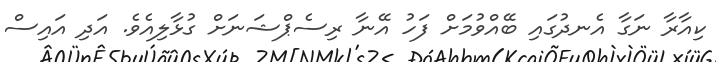
ކިއާރާ ނަގާ އެނދުގައި ބޭއްވުމަށް ފަހު އޭނާ ރިސެޕްޝަނަށް ގުޅާލިއެވެ. އަދި އައިސް